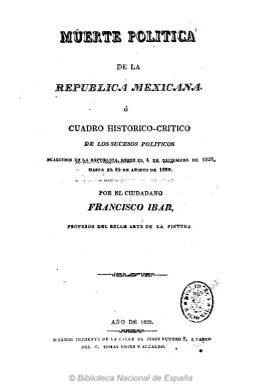
Título: Muerte política de la República Mexicana
Otros títulos: Título de la portada de tomo: Muerte política de la República Mexicana o Cuadro Histórico-crítico de los sucesos políticos acaecidos en la República, desde el 4 de diciembre de 1828 hasta el 25 de agosto de 1829
Colección: Periódicos anteriores a 1850
Ámbito geográfico: México
Lugar de publicación: México
Fechas: 01/01/1829-31/12/1829